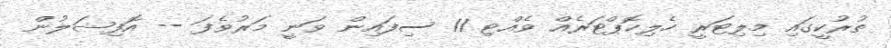
ތުރުކީގައި މިލިޓަރީ ހެލިކޮޕްޓަރެއް ވެއްޓި 11 ސިފައިން ވަނީ މަރުވެފަ -- އޮފިޝަލުން